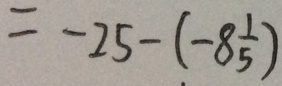
= - 2 5 - ( - 8 \frac { 1 } { 5 } )